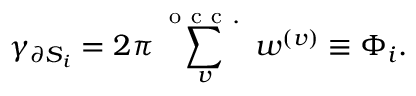
\gamma _ { \partial S _ { i } } = 2 \pi \sum _ { v } ^ { \mathrm { ~ o ~ c ~ c ~ . ~ } } w ^ { ( v ) } \equiv \Phi _ { i } .